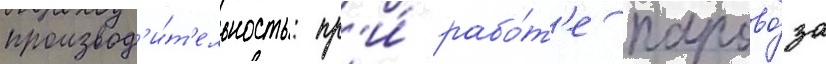
производ'и́т'ельность: пр'и́ рабо́т'е парово́за